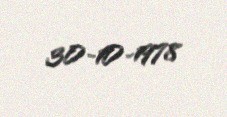
30-10-1978